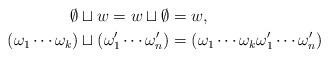
LaTeX: \begin{align*} \emptyset\sqcup w = w\sqcup\emptyset & = w, \\ (\omega_1\cdots\omega_k)\sqcup(\omega_1'\cdots\omega_n') & = (\omega_1\cdots\omega_k\omega_1'\cdots\omega_n') \end{align*}